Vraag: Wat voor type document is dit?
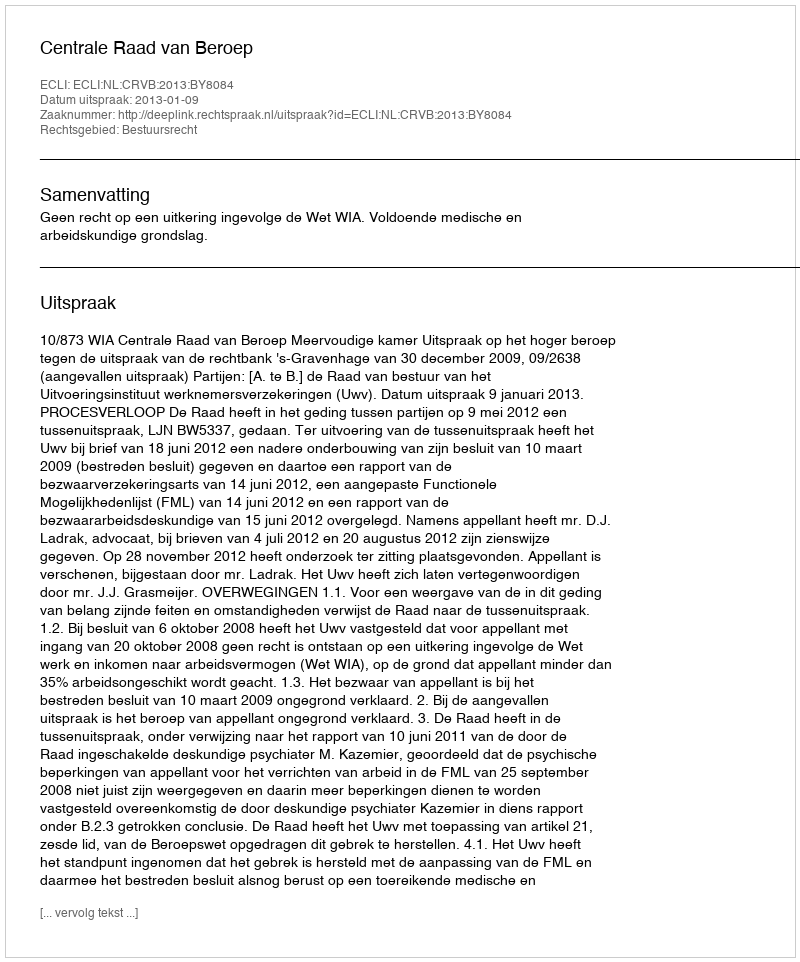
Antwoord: Uitspraak